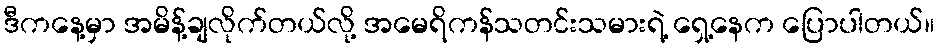
ဒီကနေ့မှာ အမိန့်ချလိုက်တယ်လို့ အမေရိကန်သတင်းသမားရဲ့ ရှေ့နေက ပြောပါတယ်။